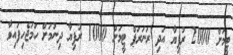
ޓީމަށް 2000 ރުފިޔާ އަދި ރަނަރަޕް ޓީމަށް 1000 ރުފިޔާ ދިނުމަށް ހަމަޖެހިފައިވާ